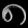
Digit: ၈